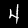
Label: 4